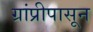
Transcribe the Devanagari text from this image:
ग्रांप्रीपासून